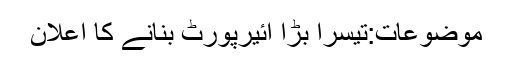
موضوعات:تیسرا بڑا ائیرپورٹ بنانے کا اعلان